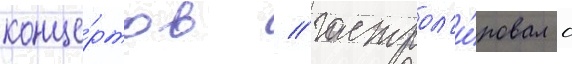
конце́ртов / гастрол'и́ровал с